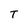
Character: T